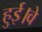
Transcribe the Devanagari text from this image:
हुई।वे